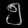
Digit: ၅